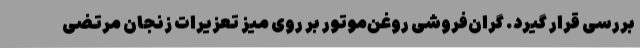
بررسی قرار گیرد. گران‌فروشی روغن‌موتور بر روی میز تعزیرات زنجان مرتضی